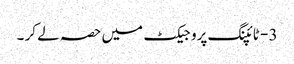
3 - ٹائپنگ پروجیکٹ میں حصہ لے کر ۔